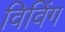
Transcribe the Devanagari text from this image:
विविंग